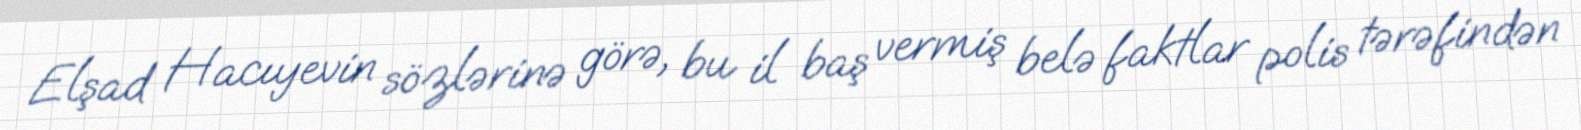
Elşad Hacıyevin sözlərinə görə, bu il baş vermiş belə faktlar polis tərəfindən